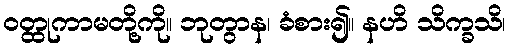
ဝတ္ထုကာမတို့ကို။ ဘုတွာန၊ ခံစား၍။ နဟိ သိက္ခသိ၊